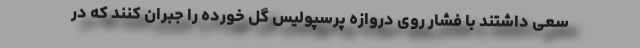
سعی داشتند با فشار روی دروازه پرسپولیس گل خورده را جبران کنند که در